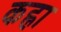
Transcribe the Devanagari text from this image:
कह्ना